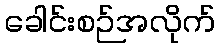
ခေါင်းစဉ်အလိုက်